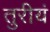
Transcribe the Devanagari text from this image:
तुरीयं